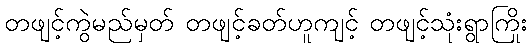
တဖျင့်ကွဲမည်မှတ် တဖျင့်ခတ်ဟူကျင့် တဖျင့်သုံးရွာကြိုး